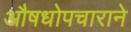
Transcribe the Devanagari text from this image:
औषधोपचाराने